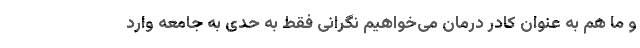
و ما هم به عنوان کادر درمان می‌خواهیم نگرانی فقط به حدی به جامعه وارد